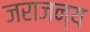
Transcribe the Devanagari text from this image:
जराजन्य